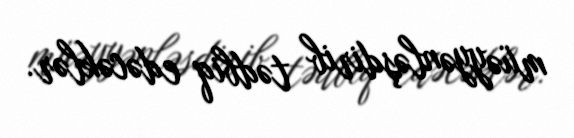
müəyyənləşdirib tədbiq edəcəklər.